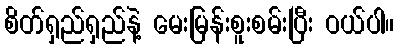
စိတ်ရှည်ရှည်နဲ့ မေးမြန်းစူးစမ်းပြီး ဝယ်ပါ။